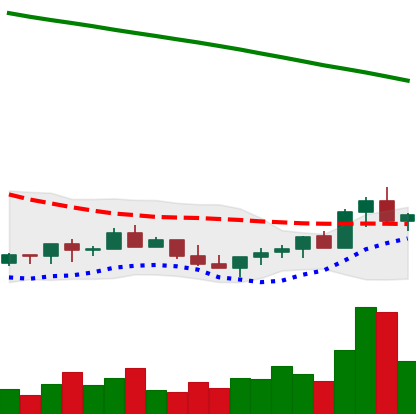
Ticker: LINK-USD
Chart end date: 2022-07-21
Forward return: -9.393%
Label: down_7plus